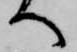
へ